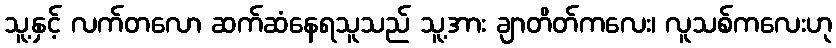
သူ့နှင့် လက်တလော ဆက်ဆံနေရသူသည် သူ့အား ချာတိတ်ကလေး၊ လူသစ်ကလေးဟု